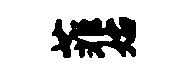
菲始